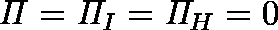
\mathit { \Pi } = \mathit { \Pi } _ { I } = \mathit { \Pi } _ { H } = 0